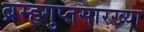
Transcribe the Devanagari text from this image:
ब्रम्हगुप्तसारख्या